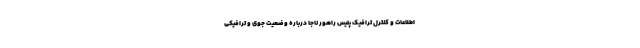
اطلاعات و کنترل ترافیک پلیس راهور ناجا درباره وضعیت جوی و ترافیکی